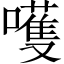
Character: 嚄